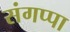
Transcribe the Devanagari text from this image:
संगप्पा